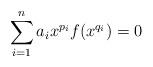
LaTeX: \begin{align*}\sum_{i=1}^{n} a_i x^{p_i}f(x^{q_i})=0\end{align*}